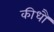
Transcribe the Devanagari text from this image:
कीधौं